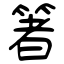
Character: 箸